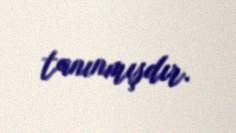
tanınmışdır.